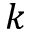
k